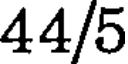
44/5